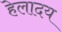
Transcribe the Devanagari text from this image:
हेलादय